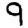
Digit: 9